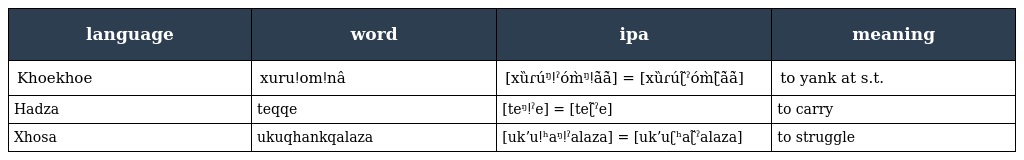
| language | word | ipa | meaning |
 | --- | --- | --- | --- |
 | Khoekhoe | xuruǃomǃnâ | [xȕɾúᵑǃˀóm̀ᵑǃã̀ã̀] = [xȕɾúʗ̃ˀóm̀ʗ̃ã̀ã̀] | to yank at s.t. |
 | Hadza | teqqe | [teᵑǃˀe] = [teʗ̃ˀe] | to carry |
 | Xhosa | ukuqhankqalaza | [ukʼuǃʰaᵑǃˀalaza] = [ukʼuʗʰaʗ̃ˀalaza] | to struggle |